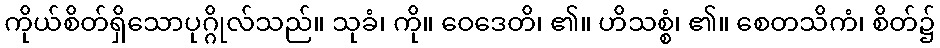
ကိုယ်စိတ်ရှိသောပုဂ္ဂိုလ်သည်။ သုခံ၊ ကို။ ဝေဒေတိ၊ ၏။ ဟိသစ္စံ၊ ၏။ စေတသိကံ၊ စိတ်၌